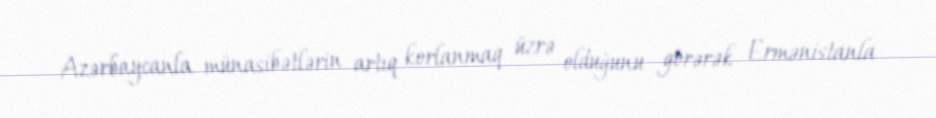
Azərbaycanla münasibətlərin artıq korlanmaq üzrə olduğunu görərək Ermənistanla